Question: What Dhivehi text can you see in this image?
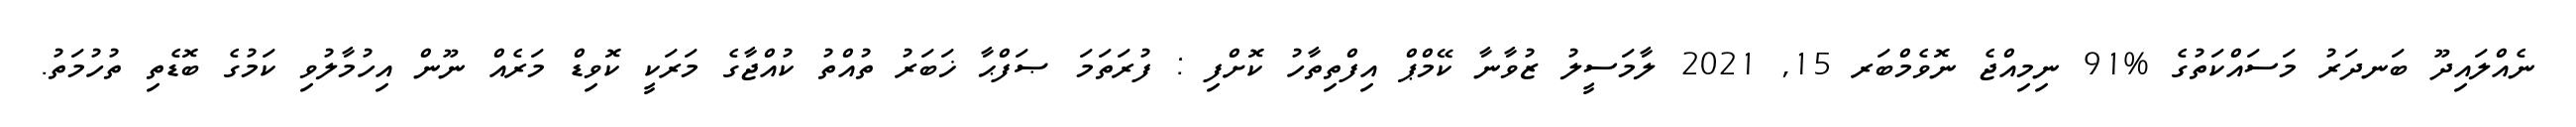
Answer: ނެއްލައިދޫ ބަނދަރު މަސައްކަތުގެ %91 ނިމިއްޖެ ނޮވެމްބަރ 15, 2021 ލާމަސީލު ޒުވާނާ ކޭމްޕް އިފްތިތާހު ކޮށްފި : ފުރަތަމަ ޞަފްޙާ ޚަބަރު ތުއްތު ކުއްޖާގެ މަރަކީ ކޮވިޑް މަރެއް ނޫން އިހުމާލުވި ކަމުގެ ބޮޑެތި ތުހުމަތު.